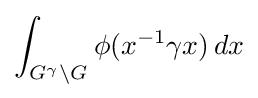
\int _{G^{\gamma }\setminus G}\phi (x^{-1}\gamma x)\,dx